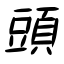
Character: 頭